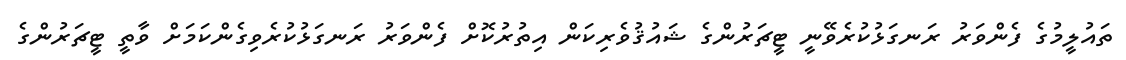
ތައުލީމުގެ ފެންވަރު ރަނގަޅުކުރެވޭނީ ޓީޗަރުންގެ ޝައުޤުވެރިކަން އިތުރުކޮށް ފެންވަރު ރަނގަޅުކުރެވިގެންކަމަށް ވާތީ ޓީޗަރުންގެ